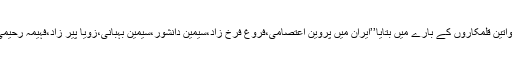
وفا یزدان منش نے ایران کی مشہور خواتین قلمکاروں کے بارے میں بتایا’’ایران میں پروین اعتصامی،فروغ فرخ زاد،سیمین دانشور،سیمین بہبانی،زویا پیر زاد،فہیمہ رحیمی اورطاہرہ صفار زادہ کافی مقبول ہیں۔